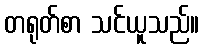
တရုတ်စာ သင်ယူသည်။